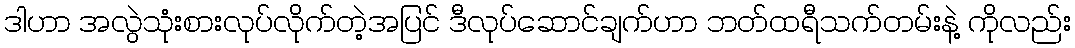
ဒါဟာ အလွဲသုံးစားလုပ်လိုက်တဲ့အပြင် ဒီလုပ်ဆောင်ချက်ဟာ ဘတ်ထရီသက်တမ်းနဲ့ ကိုလည်း